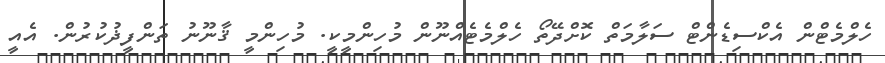
ހެލްމެޓްން އެކްސިޑެންޓް ސަލާމަތް ކޮށްދޭތޯ ހެލްމެޓެއްނޫން މުހިންމީކީ. މުހިންމީ ޤާނޫނު ތަންފީޛުކުރުން. އެއީ